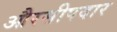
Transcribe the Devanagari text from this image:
औरसीपदार